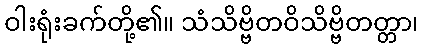
ဝါးရုံးခက်တို့၏။ သံသိဗ္ဗိတဝိသိဗ္ဗိတတ္တာ၊